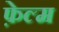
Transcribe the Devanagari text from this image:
फ़ेल्म